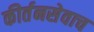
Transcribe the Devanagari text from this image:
कीर्तनसेवाच